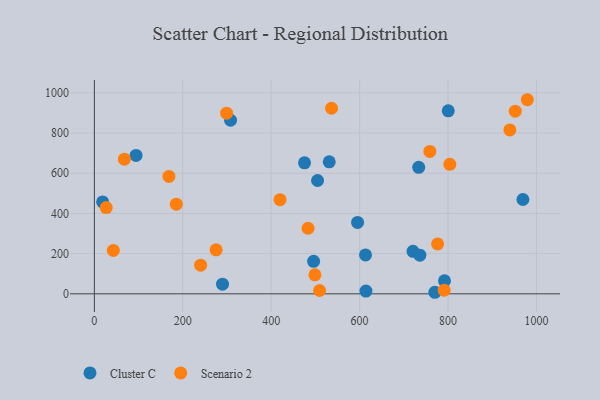
{"axis": {"x": "Experience", "y": "Demand"}, "legend": ["Cluster C", "Scenario 2"], "data": [{"x": "792.0", "y": 64.8, "type": "Cluster C"}, {"x": "800.5", "y": 910.6, "type": "Cluster C"}, {"x": "475.4", "y": 652.0, "type": "Cluster C"}, {"x": "94.3", "y": 688.7, "type": "Cluster C"}, {"x": "613.3", "y": 193.4, "type": "Cluster C"}, {"x": "504.9", "y": 563.8, "type": "Cluster C"}, {"x": "595.4", "y": 355.1, "type": "Cluster C"}, {"x": "614.3", "y": 13.8, "type": "Cluster C"}, {"x": "531.3", "y": 656.7, "type": "Cluster C"}, {"x": "289.9", "y": 48.1, "type": "Cluster C"}, {"x": "736.3", "y": 192.2, "type": "Cluster C"}, {"x": "495.9", "y": 161.7, "type": "Cluster C"}, {"x": "308.1", "y": 863.6, "type": "Cluster C"}, {"x": "733.7", "y": 629.3, "type": "Cluster C"}, {"x": "18.7", "y": 457.1, "type": "Cluster C"}, {"x": "720.8", "y": 211.6, "type": "Cluster C"}, {"x": "770.2", "y": 7.8, "type": "Cluster C"}, {"x": "969.4", "y": 469.4, "type": "Cluster C"}, {"x": "420.0", "y": 468.3, "type": "Scenario 2"}, {"x": "804.1", "y": 644.5, "type": "Scenario 2"}, {"x": "42.9", "y": 216.1, "type": "Scenario 2"}, {"x": "952.1", "y": 908.6, "type": "Scenario 2"}, {"x": "185.4", "y": 446.1, "type": "Scenario 2"}, {"x": "509.5", "y": 16.7, "type": "Scenario 2"}, {"x": "498.9", "y": 94.4, "type": "Scenario 2"}, {"x": "758.9", "y": 708.6, "type": "Scenario 2"}, {"x": "168.7", "y": 584.0, "type": "Scenario 2"}, {"x": "536.6", "y": 923.4, "type": "Scenario 2"}, {"x": "67.9", "y": 669.9, "type": "Scenario 2"}, {"x": "979.5", "y": 965.7, "type": "Scenario 2"}, {"x": "939.9", "y": 815.3, "type": "Scenario 2"}, {"x": "275.4", "y": 219.2, "type": "Scenario 2"}, {"x": "299.1", "y": 898.8, "type": "Scenario 2"}, {"x": "791.2", "y": 17.8, "type": "Scenario 2"}, {"x": "483.4", "y": 326.3, "type": "Scenario 2"}, {"x": "26.8", "y": 429.1, "type": "Scenario 2"}, {"x": "776.5", "y": 248.4, "type": "Scenario 2"}, {"x": "240.4", "y": 142.7, "type": "Scenario 2"}]}